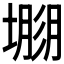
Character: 𡐐